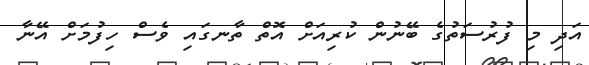
އަދި މި ފުރުސަތުގެ ބޭނުން ކުރިއަށް އޮތް ތާނގައި ވެސް ހިފުމަށް އޭނާ